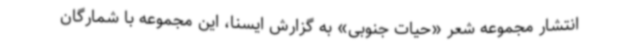
انتشار مجموعه شعر «حیات جنوبی» به گزارش ایسنا، این مجموعه با شمارگان